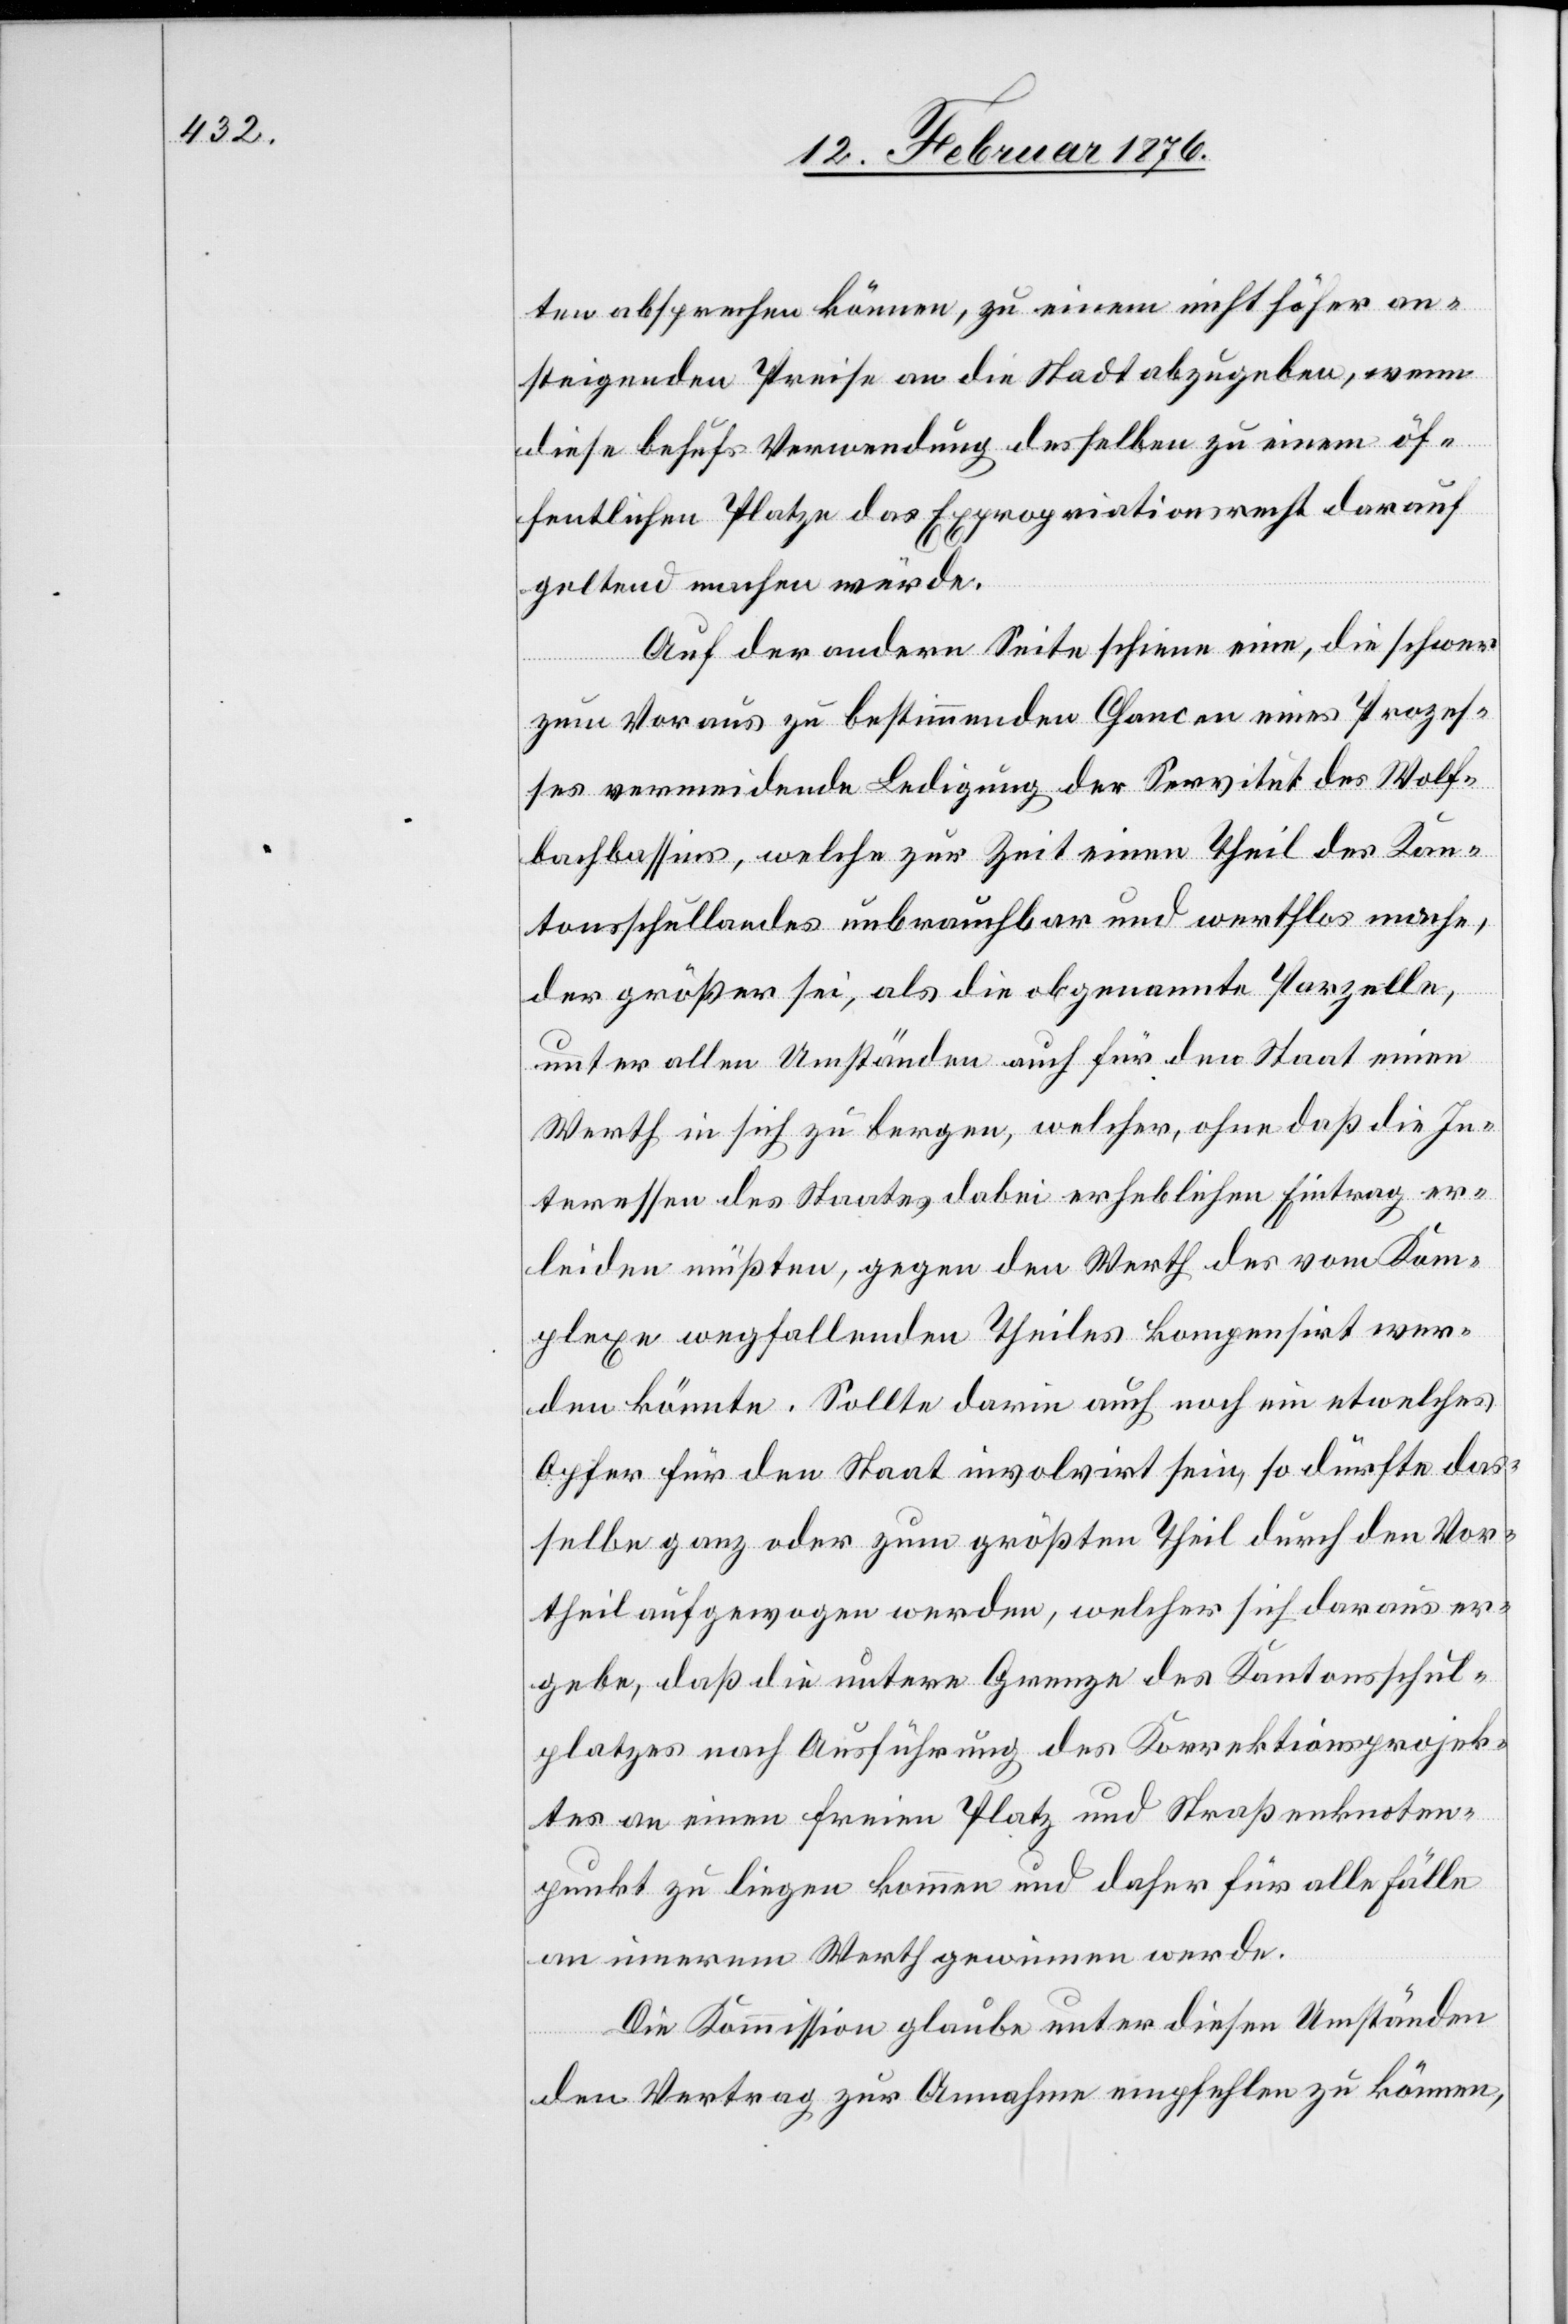
ten absprechen können, zu einem nicht höher an¬
steigenden Preise an die Stadt abzugeben, wenn
diese behufs Verwendung desselben zu einem öf¬
fentlichen Platze das Expropriationsrecht darauf
geltend machen würde.
Auf der andern Seite schiene eine, die schwer
zum Voraus zu bestimmenden Chancen eines Prozes¬
ses vermeidende Ledigung der Servitut des Wolf¬
bachbassins, welche zur Zeit einen Theil des Kan¬
tonsschullandes unbrauchbar und werthlos mache,
der größer sei, als die obgenannte Parzelle,
unter allen Umständen auch für den Staat einen
Werth in sich zu bergen, welcher, ohne daß die In¬
teressen des Staates dabei erheblichen Eintrag er¬
leiden müßten, gegen den Werth des vom Kom¬
plexe wegfallenden Theiles kompensirt wer¬
den könnte. Sollte darin auch noch ein etwelches
Opfer für den Staat involvirt sein, so dürfte das¬
selbe ganz oder zum größten Theil durch den Vor¬
theil aufgewogen werden, welcher sich daraus er¬
gebe, daß die untere Grenze des Kantonsschul¬
platzes nach Ausführung des Korrektionsprojek¬
tes an einen freien Platz und Straßenknoten¬
punkt zu liegen kommen und daher für alle Fälle
an innerem Werth gewinnen werde.
Die Kommission glaube unter diesen Umständen
den Vertrag zur Annahme empfehlen zu können,